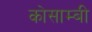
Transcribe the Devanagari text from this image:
कोसाम्बी